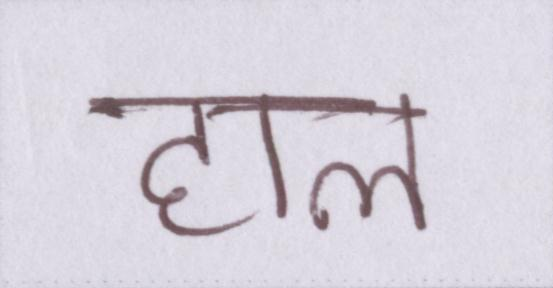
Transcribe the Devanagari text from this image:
हाल